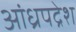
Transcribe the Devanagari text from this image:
आंध्रपद्रेश